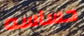
حساسه